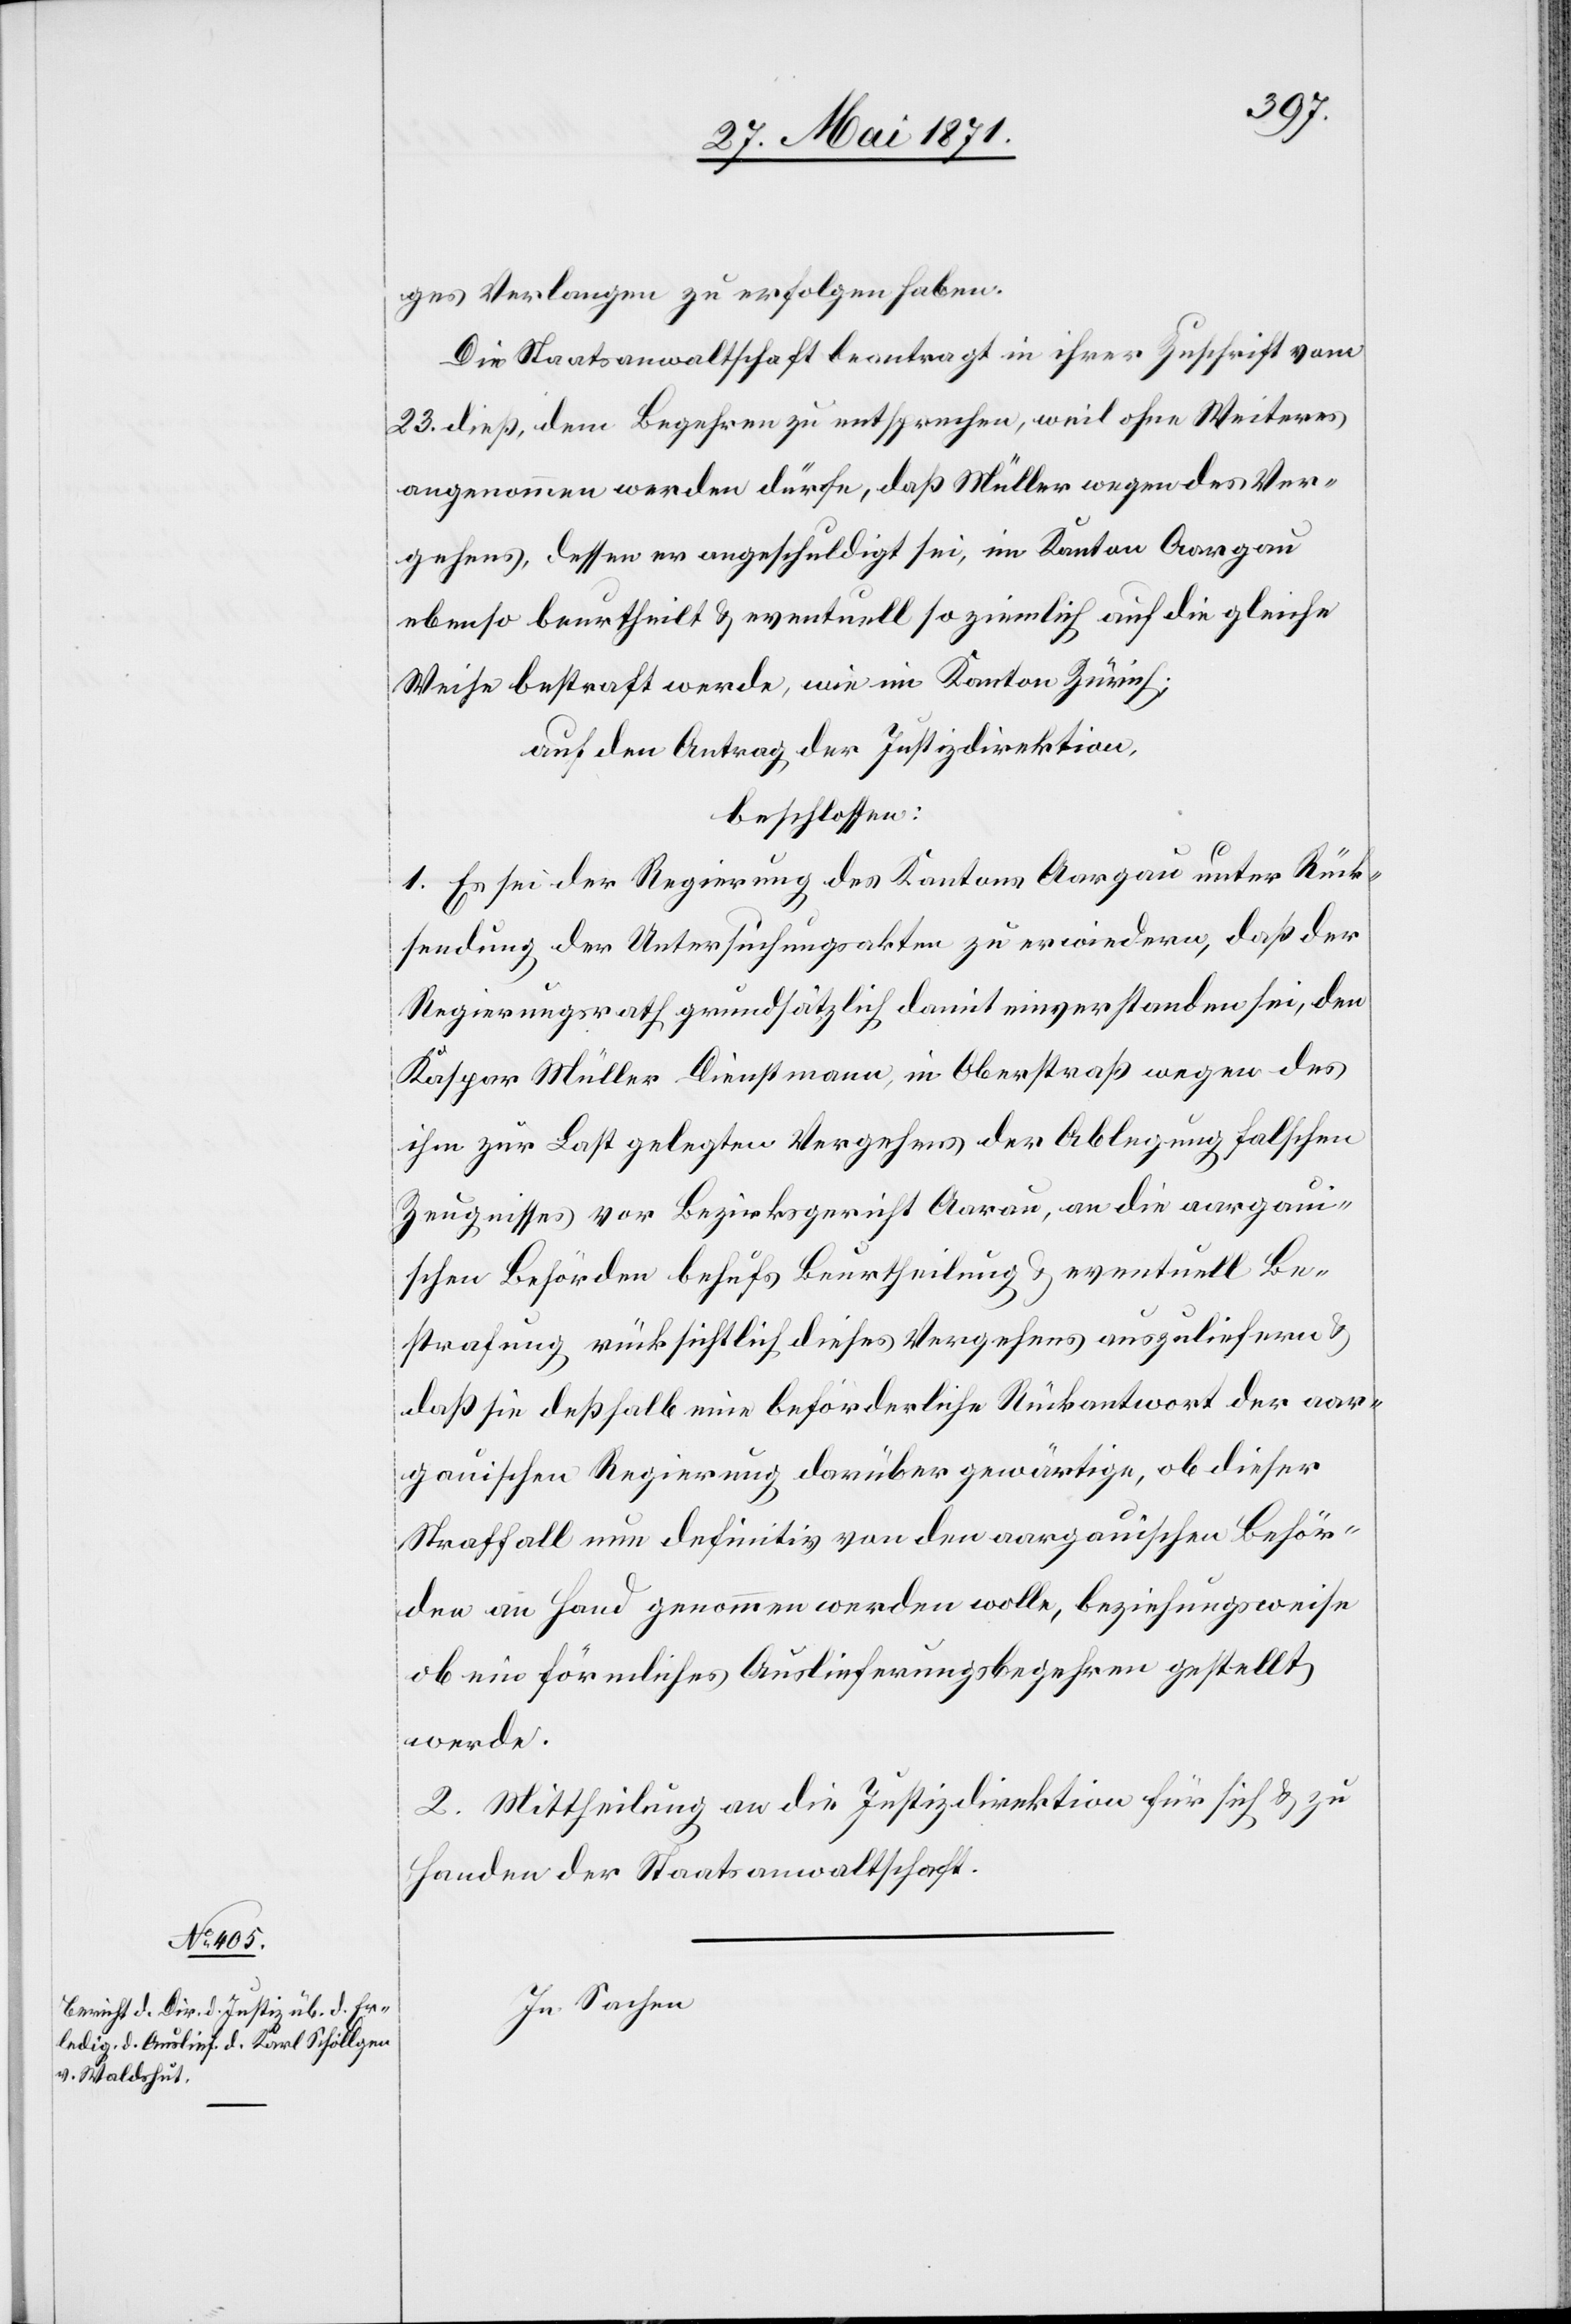
ges Verlangen zu erfolgen haben.
Die Staatsanwaltschaft beantragt in ihrer Zuschrift vom
23. dieß, dem Begehren zu entsprechen, weil ohne Weiteres
angenommen werden dürfe, daß Müller wegen des Ver¬
gehens, dessen er angeschuldigt sei, im Kanton Aargau
ebenso beurtheilt u. eventuell so ziemlich auf die gleiche
Weise bestraft werde, wie im Kanton Zürich;
auf den Antrag der Justizdirektion,
beschlossen:
1. Es sei der Regierung des Kantons Aargau unter Rück¬
sendung der Untersuchungsakten zu erwiedern, daß der
Regierungsrath grundsätzlich damit einverstanden sei, den
Kaspar Müller Dienstmann, in Oberstraß wegen des
ihm zur Last gelegten Vergehens der Ablegung falschen
Zeugnisses vor Bezirksgericht Aarau, an die aargaui¬
schen Behörden behufs Beurtheilung u. eventuell Be¬
strafung rücksichtlich dieses Vergehens auszuliefern
daß sie deßhalb eine beförderliche Rückantwort der aar¬
gauischen Regierung darüber gewärtige, ob dieser
Straffall nun definitiv von den aargauischen Behör¬
den an Hand genommen werden wolle, beziehungsweise
ob ein förmliches Auslieferungsbegehren gestellt
werde.
2. Mittheilung an die Justizdirektion für sich u. zu
Handen der Staatsanwaltschaft.
In Sachen